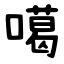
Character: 噶